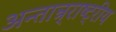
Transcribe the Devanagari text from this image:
अन्तान्र्राष्ट्रीय